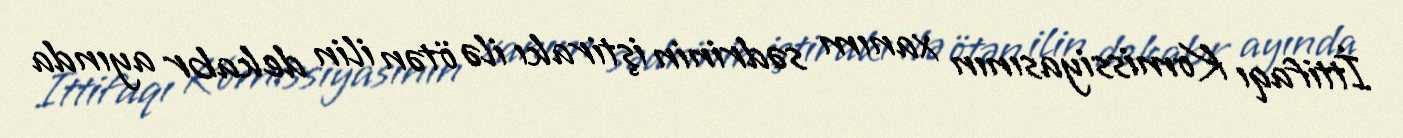
İttifaqı Komissiyasının xanım sədrinin iştirakı ilə ötən ilin dekabr ayında